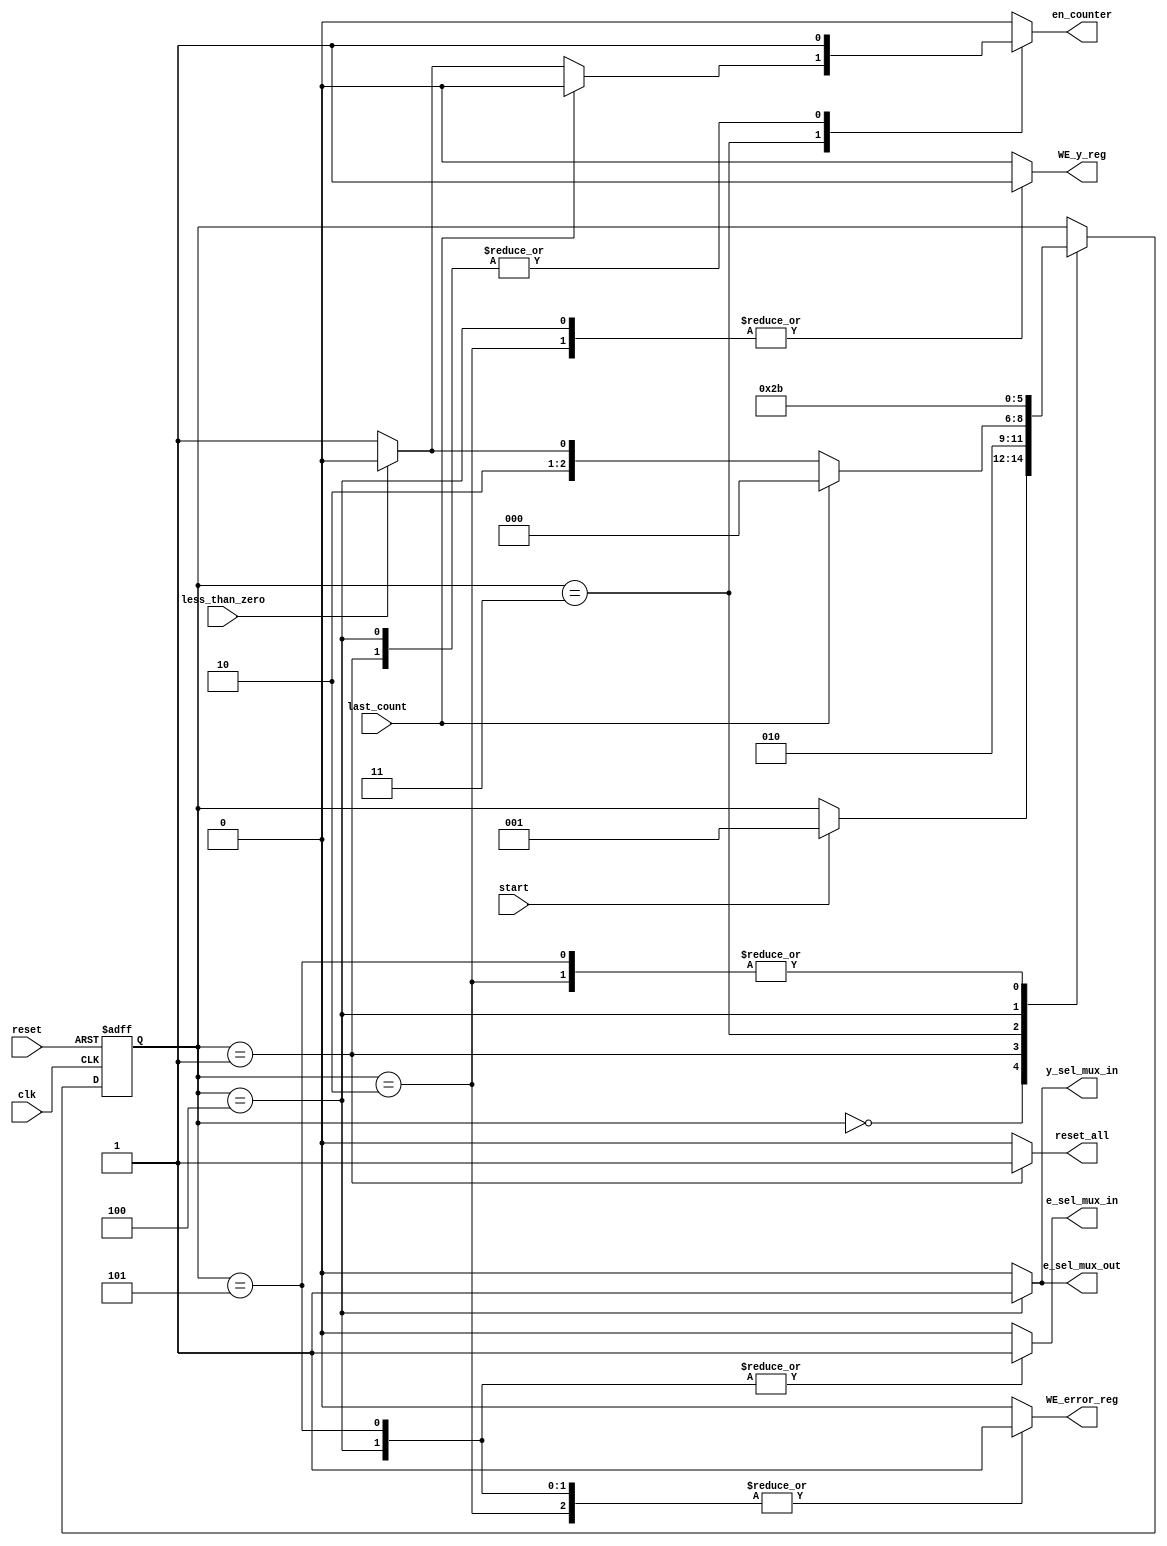
module error_controllerV2(
// input signals
   clk,
	reset,
	start,
	last_count,
	less_than_zero,
	
// output signals
e_sel_mux_in, e_sel_mux_out, y_sel_mux_in,
en_counter, reset_all, WE_error_reg, WE_y_reg);

input clk,reset,start,less_than_zero, last_count;
output reg e_sel_mux_in, e_sel_mux_out, y_sel_mux_in, en_counter, reset_all, WE_error_reg, WE_y_reg;

// define my states
	reg [2:0] state, nstate;
	parameter    init		     = 3'd0,
				 internal_reset  = 3'd1,
				 s1     = 3'd2,
				 s2     = 3'd3,
				 s3     = 3'd4, 
				 s4     = 3'd5;

// sequential logic
	always @(posedge clk or posedge reset)			 
	begin
		if(reset)
			state <= init;
		else
			state <= nstate;
	end	
	
// Combinational logic
	always @(state or last_count or start or less_than_zero)
	begin
	
		nstate = state;
		
		e_sel_mux_in  = 1'b0;
		e_sel_mux_out = 1'b0;
		y_sel_mux_in  = 1'b0;
		en_counter    = 1'b0;
		reset_all     = 1'b0;
		WE_error_reg  = 1'b0;
		WE_y_reg      = 1'b0;
		
		case(state)
			init:
			 begin
				if(start) nstate = internal_reset;
			 end
					
			internal_reset:
			 begin
				reset_all = 1'b1;
				en_counter = 1'b1;
				
				nstate = s1;
			 end
							  
			s1: // Store y0 into y_reg & Store error_init into error_reg
			begin
				WE_error_reg  = 1'b1;
				WE_y_reg      = 1'b1;

				nstate = s2;
			end
							
			s2: // Check if (error < 0)
			begin
				if(last_count) nstate = init;
				else if(less_than_zero) nstate = s3;
				else 
				begin
					en_counter = 1'b1;
					nstate = s4;
				end	
					
			end
			 
			s3: // if (error < 0) check is true
				// update error_reg & y_reg 
			begin
				y_sel_mux_in  = 1'b1;
				e_sel_mux_out = 1'b1;
				e_sel_mux_in  = 1'b1;	
				WE_error_reg  = 1'b1;
				WE_y_reg      = 1'b1;
				en_counter = 1'b1;

				nstate = s4;	
			end
			 
			s4: // update error_reg with {error = error - deltay;} and enable the counter
			begin 
				e_sel_mux_in  = 1'b1;
				WE_error_reg  = 1'b1;
				nstate = s2;		
			end

		endcase
	end

endmodule